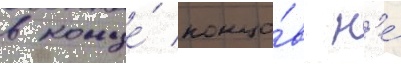
в конце́ концо́в н'е́